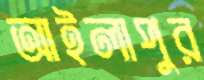
আইলাপুর